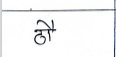
मजकूर: ढौ